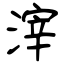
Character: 滓